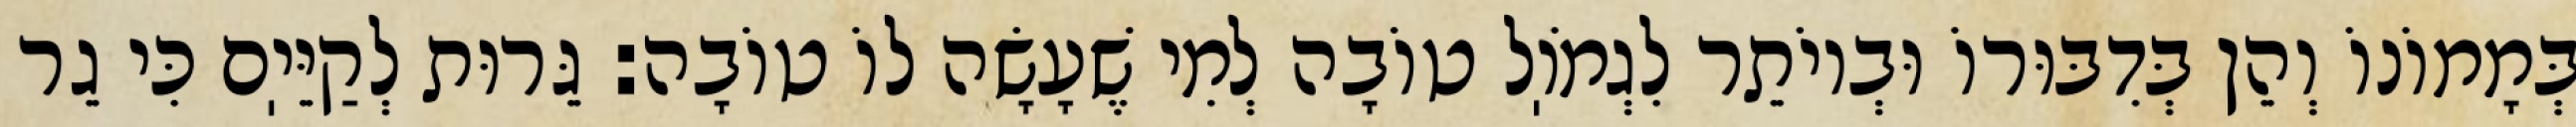
בְּמָמוֹנוֹ וְהֵן בְּדִבּוּרוֹ וּבְיוֹתֵר לִגְמֹוֽל טוֹבָה לְמִי שֶׁעָשָׂה לוֹ טוֹבָה: גֵּרוּת לְקַיֵּיֽם כִּי גֵר